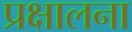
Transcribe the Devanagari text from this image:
प्रक्षालना